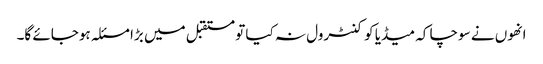
انھوں نے سوچا کہ میڈیا کو کنٹرول نہ کیا تو مستقبل میں بڑا مسئلہ ہوجائے گا۔